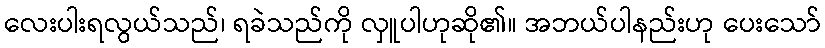
လေးပါးရလွယ်သည်၊ ရခဲသည်ကို လှူပါဟုဆို၏။ အဘယ်ပါနည်းဟု ပေးသော်